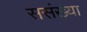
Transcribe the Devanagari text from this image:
ससंख्या